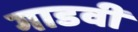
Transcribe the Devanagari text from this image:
गाडवी